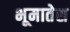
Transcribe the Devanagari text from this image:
भूमातेस